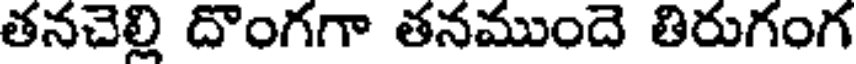
తనచెల్లి దొంగగా తనముందె తిరుగంగ